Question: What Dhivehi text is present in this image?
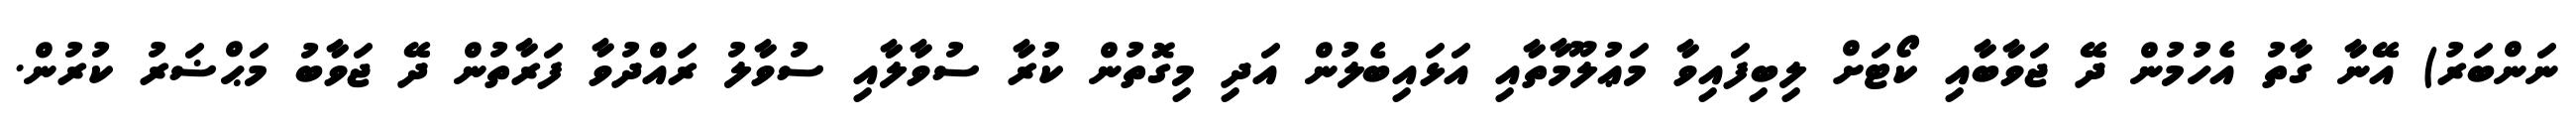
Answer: ނަންބަރު) އޭނާ ގާތު އެހުމުން ދޭ ޖަވާބާއި ކޯޓަށް ލިބިފައިވާ މަޢުލޫމާތާއި އަޅައިބެލުން އަދި މިގޮތުން ކުރާ ސުވާލާއި ސުވާލު ރައްދުވާ ފަރާތުން ދޭ ޖަވާބު މަޙްޟަރު ކުރުން.